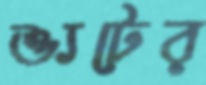
শ্যুটের